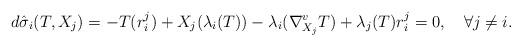
LaTeX: \begin{align*} d\hat{\sigma}_i(T,X_j)=-T(r^j_i)+X_j(\lambda_i(T))-\lambda_i(\nabla^v_{X_j}T)+\lambda_j(T)r^j_i=0,\quad\forall j\neq i. \end{align*}